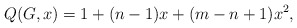
\begin{align*}Q(G,x) = 1 + (n-1)x + (m - n +1 )x^2,\end{align*}